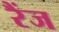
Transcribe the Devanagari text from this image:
रैंज